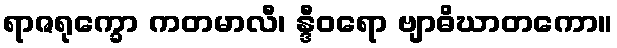
ရာဇရုက္ခော ကတမာလီ၊ န္ဒီဝရော ဗျာဓိဃာတကော။